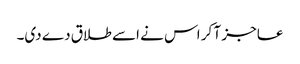
عاجز آ کر اس نے اسے طلاق دے دی۔